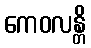
ကေဝလန္တိ